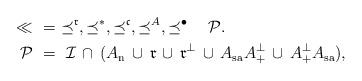
LaTeX: \begin{align*}\ll\ &=\ \preceq^\mathfrak{r},\preceq^*,\preceq^\mathfrak{c},\preceq^A,\preceq^\bullet\quad\mathcal{P}.\\\quad\mathcal{P}\ &=\ \mathcal{I}\, \cap\, (A_\mathrm{n}\, \cup\, \mathfrak{r}\, \cup\, \mathfrak{r}^\perp\, \cup\, A_\mathrm{sa}A_+^\perp\, \cup\, A_+^\perp A_\mathrm{sa}),\end{align*}